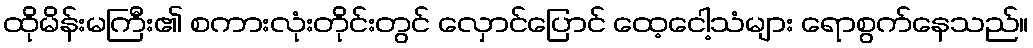
ထိုမိန်းမကြီး၏ စကားလုံးတိုင်းတွင် လှောင်ပြောင် ထေ့ငေါ့သံများ ရောစွက်နေသည်။